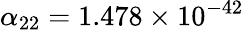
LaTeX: \alpha_{22}=1.478\times 10^{-42}